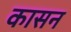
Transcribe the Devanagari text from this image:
कासन